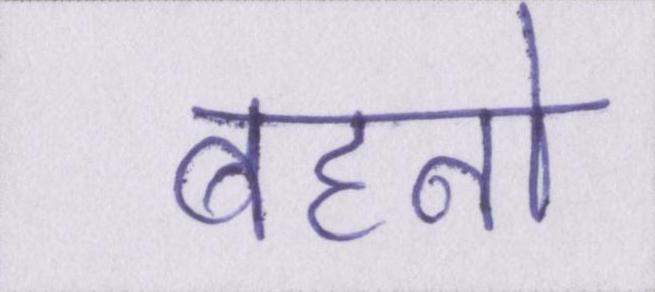
बहनो